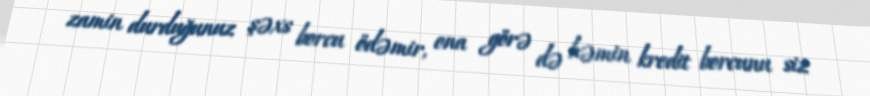
zamin durduğunuz şəxs borcu ödəmir, ona görə də həmin kredit borcunu siz